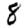
Digit: 8